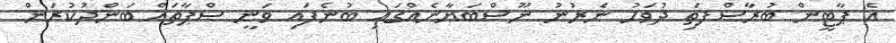
އެ ޕާޓީން ބުރާސްފަތި ދުވަހު ނެރުނު ނޫސްބަޔާނެއްގައި ބުނެފައި ވަނީ ސްޕާތައް ބަންދުކުރަން